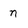
Character: n